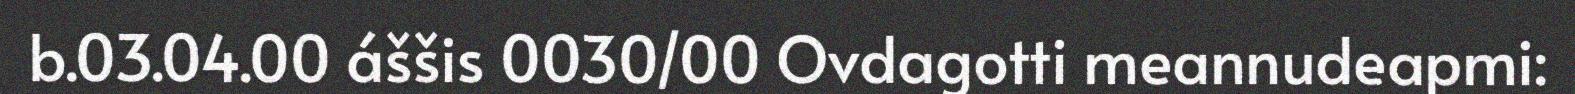
b.03.04.00 áššis 0030/00 Ovdagotti meannudeapmi: